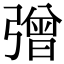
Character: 𢐞